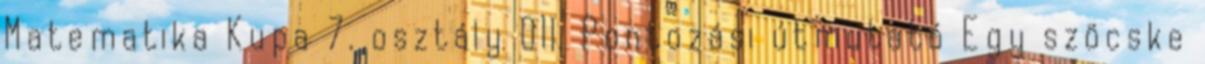
Matematika Kupa 7. osztály 011. Pontozási útmutató Egy szöcske